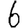
Digit: 6